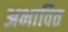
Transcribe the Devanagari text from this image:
अभावित